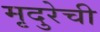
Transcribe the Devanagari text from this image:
मृदुरेची